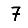
Digit: 7